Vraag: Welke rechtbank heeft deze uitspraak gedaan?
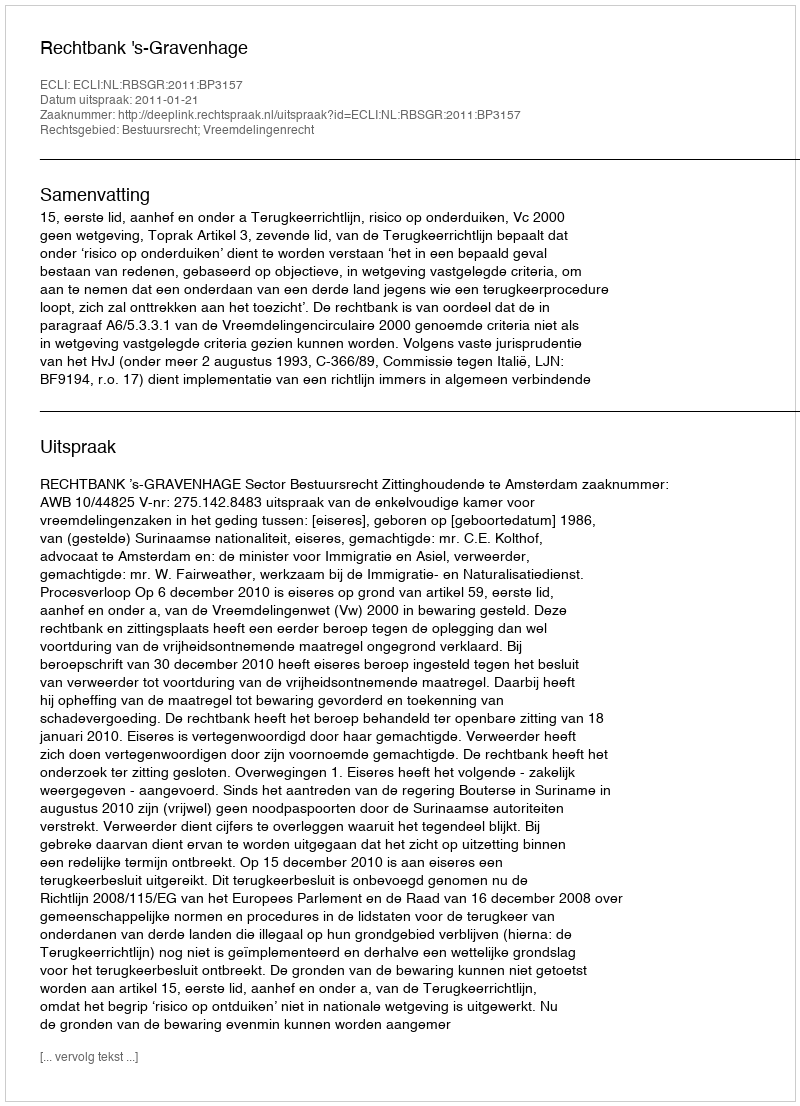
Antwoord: Rechtbank 's-Gravenhage